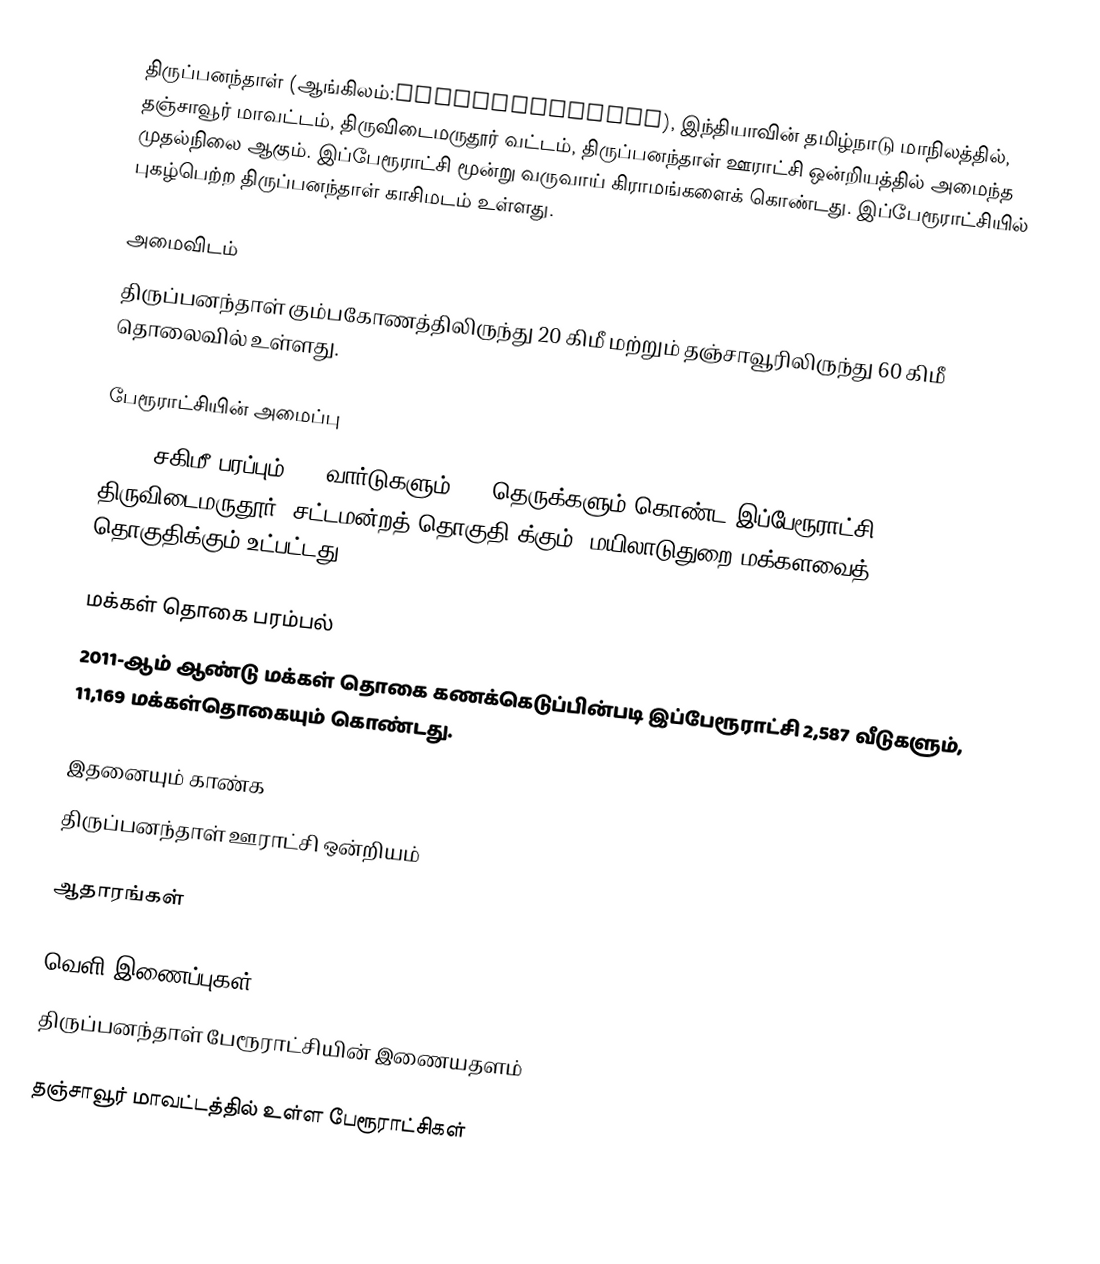
திருப்பனந்தாள் (ஆங்கிலம்:Thiruppanandal), இந்தியாவின் தமிழ்நாடு  மாநிலத்தில், தஞ்சாவூர் மாவட்டம், திருவிடைமருதூர் வட்டம்,  திருப்பனந்தாள் ஊராட்சி ஒன்றியத்தில் அமைந்த முதல்நிலை  ஆகும். இப்பேரூராட்சி மூன்று வருவாய் கிராமங்களைக் கொண்டது. இப்பேரூராட்சியில் புகழ்பெற்ற திருப்பனந்தாள் காசிமடம் உள்ளது.

அமைவிடம்
திருப்பனந்தாள் கும்பகோணத்திலிருந்து 20 கிமீ மற்றும் தஞ்சாவூரிலிருந்து 60 கிமீ தொலைவில் உள்ளது.

பேரூராட்சியின் அமைப்பு
12.56 சகிமீ பரப்பும்,  15  வார்டுகளும், 40    தெருக்களும் கொண்ட இப்பேரூராட்சி  திருவிடைமருதூர் (சட்டமன்றத் தொகுதி)க்கும், மயிலாடுதுறை மக்களவைத் தொகுதிக்கும் உட்பட்டது.

மக்கள் தொகை பரம்பல்
2011-ஆம் ஆண்டு மக்கள் தொகை கணக்கெடுப்பின்படி  இப்பேரூராட்சி 2,587    வீடுகளும், 11,169 மக்கள்தொகையும் கொண்டது.

இதனையும் காண்க
 திருப்பனந்தாள் ஊராட்சி ஒன்றியம்

ஆதாரங்கள்

வெளி இணைப்புகள்
திருப்பனந்தாள் பேரூராட்சியின் இணையதளம்

தஞ்சாவூர் மாவட்டத்தில் உள்ள பேரூராட்சிகள்